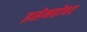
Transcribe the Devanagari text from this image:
इसेनहोवर